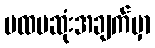
ပထမဆုံးအချက်မှာ